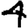
Digit: 4